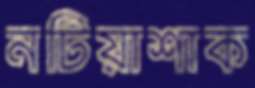
নটিয়াশাক